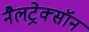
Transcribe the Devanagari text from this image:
नैलट्रेक्सॉन